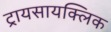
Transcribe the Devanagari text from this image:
ट्रायसायक्लिक